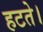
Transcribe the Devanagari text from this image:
हटते।